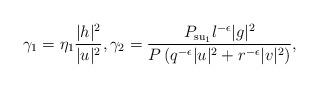
LaTeX: \begin{align*}\gamma_1 = \eta_1 \frac{|h|^2}{|u|^2} ,\gamma_2 = \frac{P_{\mathrm{su}_1} l^{-\epsilon}|g|^2}{P\left(q^{-\epsilon}|u|^2 + r^{-\epsilon}|v|^2\right)},\end{align*}